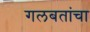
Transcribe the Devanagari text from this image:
गलबतांचा